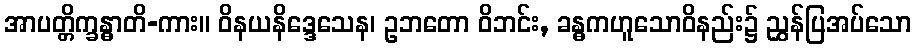
အာပတ္တိက္ခန္ဓာတိ-ကား။ ဝိနယနိဒ္ဒေသေန၊ ဥဘတော ဝိဘင်း, ခန္ဓကဟူသောဝိနည်း၌ ညွှန်ပြအပ်သော